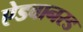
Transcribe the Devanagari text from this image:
ऐडवानस्ड